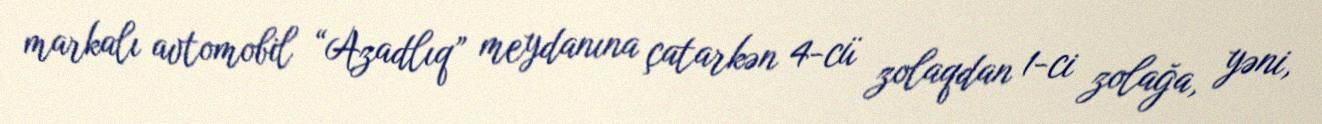
markalı avtomobil “Azadlıq” meydanına çatarkən 4-cü zolaqdan 1-ci zolağa, yəni,